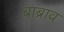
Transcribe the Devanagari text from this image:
बाब्राव